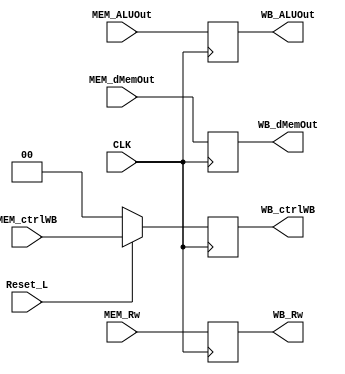
`define _mem_wb_v_



module MEM_WB(CLK, Reset_L,
              MEM_ctrlWB, MEM_dMemOut, MEM_ALUOut, MEM_Rw,
              WB_ctrlWB, WB_dMemOut, WB_ALUOut, WB_Rw
              );

  input wire CLK, Reset_L;
  input wire [ 1:0] MEM_ctrlWB;
  input wire [31:0] MEM_dMemOut, MEM_ALUOut;
  input wire [ 4:0] MEM_Rw;
  
  output reg [ 1:0] WB_ctrlWB;
  output reg [31:0] WB_dMemOut, WB_ALUOut;
  output reg [ 4:0] WB_Rw;

  // Resetable control signals first
  always @ (negedge CLK) begin
    if (Reset_L)
      WB_ctrlWB <= MEM_ctrlWB;
    else
      WB_ctrlWB <= 2'b0;
  end

  always @ (negedge CLK) begin
    WB_dMemOut <= MEM_dMemOut;
    WB_ALUOut  <= MEM_ALUOut;
    WB_Rw      <= MEM_Rw;
  end


endmodule